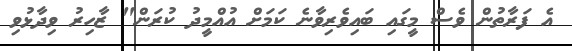
އެ ފަރާތުން ވެސް މީގައި ބައިވެރިވާނެ ކަމަށް އުއްމީދު ކުރަން" ޒާހިރު ވިދާޅުވި